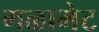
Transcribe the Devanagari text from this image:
गळाभेट